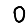
Digit: 0